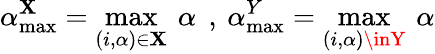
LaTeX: \alpha_{\operatorname*{max}}^{\mathbf{X}}=\operatorname*{max}_{(i,\alpha)\in\mathbf{X}}\: \alpha\: \: ,\: \alpha_{\operatorname*{max}}^{Y}=\operatorname*{max}_{(i,\alpha)\inY}\: \alpha